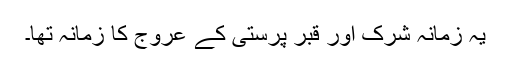
یہ زمانہ شرک اور قبر پرستی کے عروج کا زمانہ تھا۔